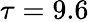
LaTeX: \tau=9.6